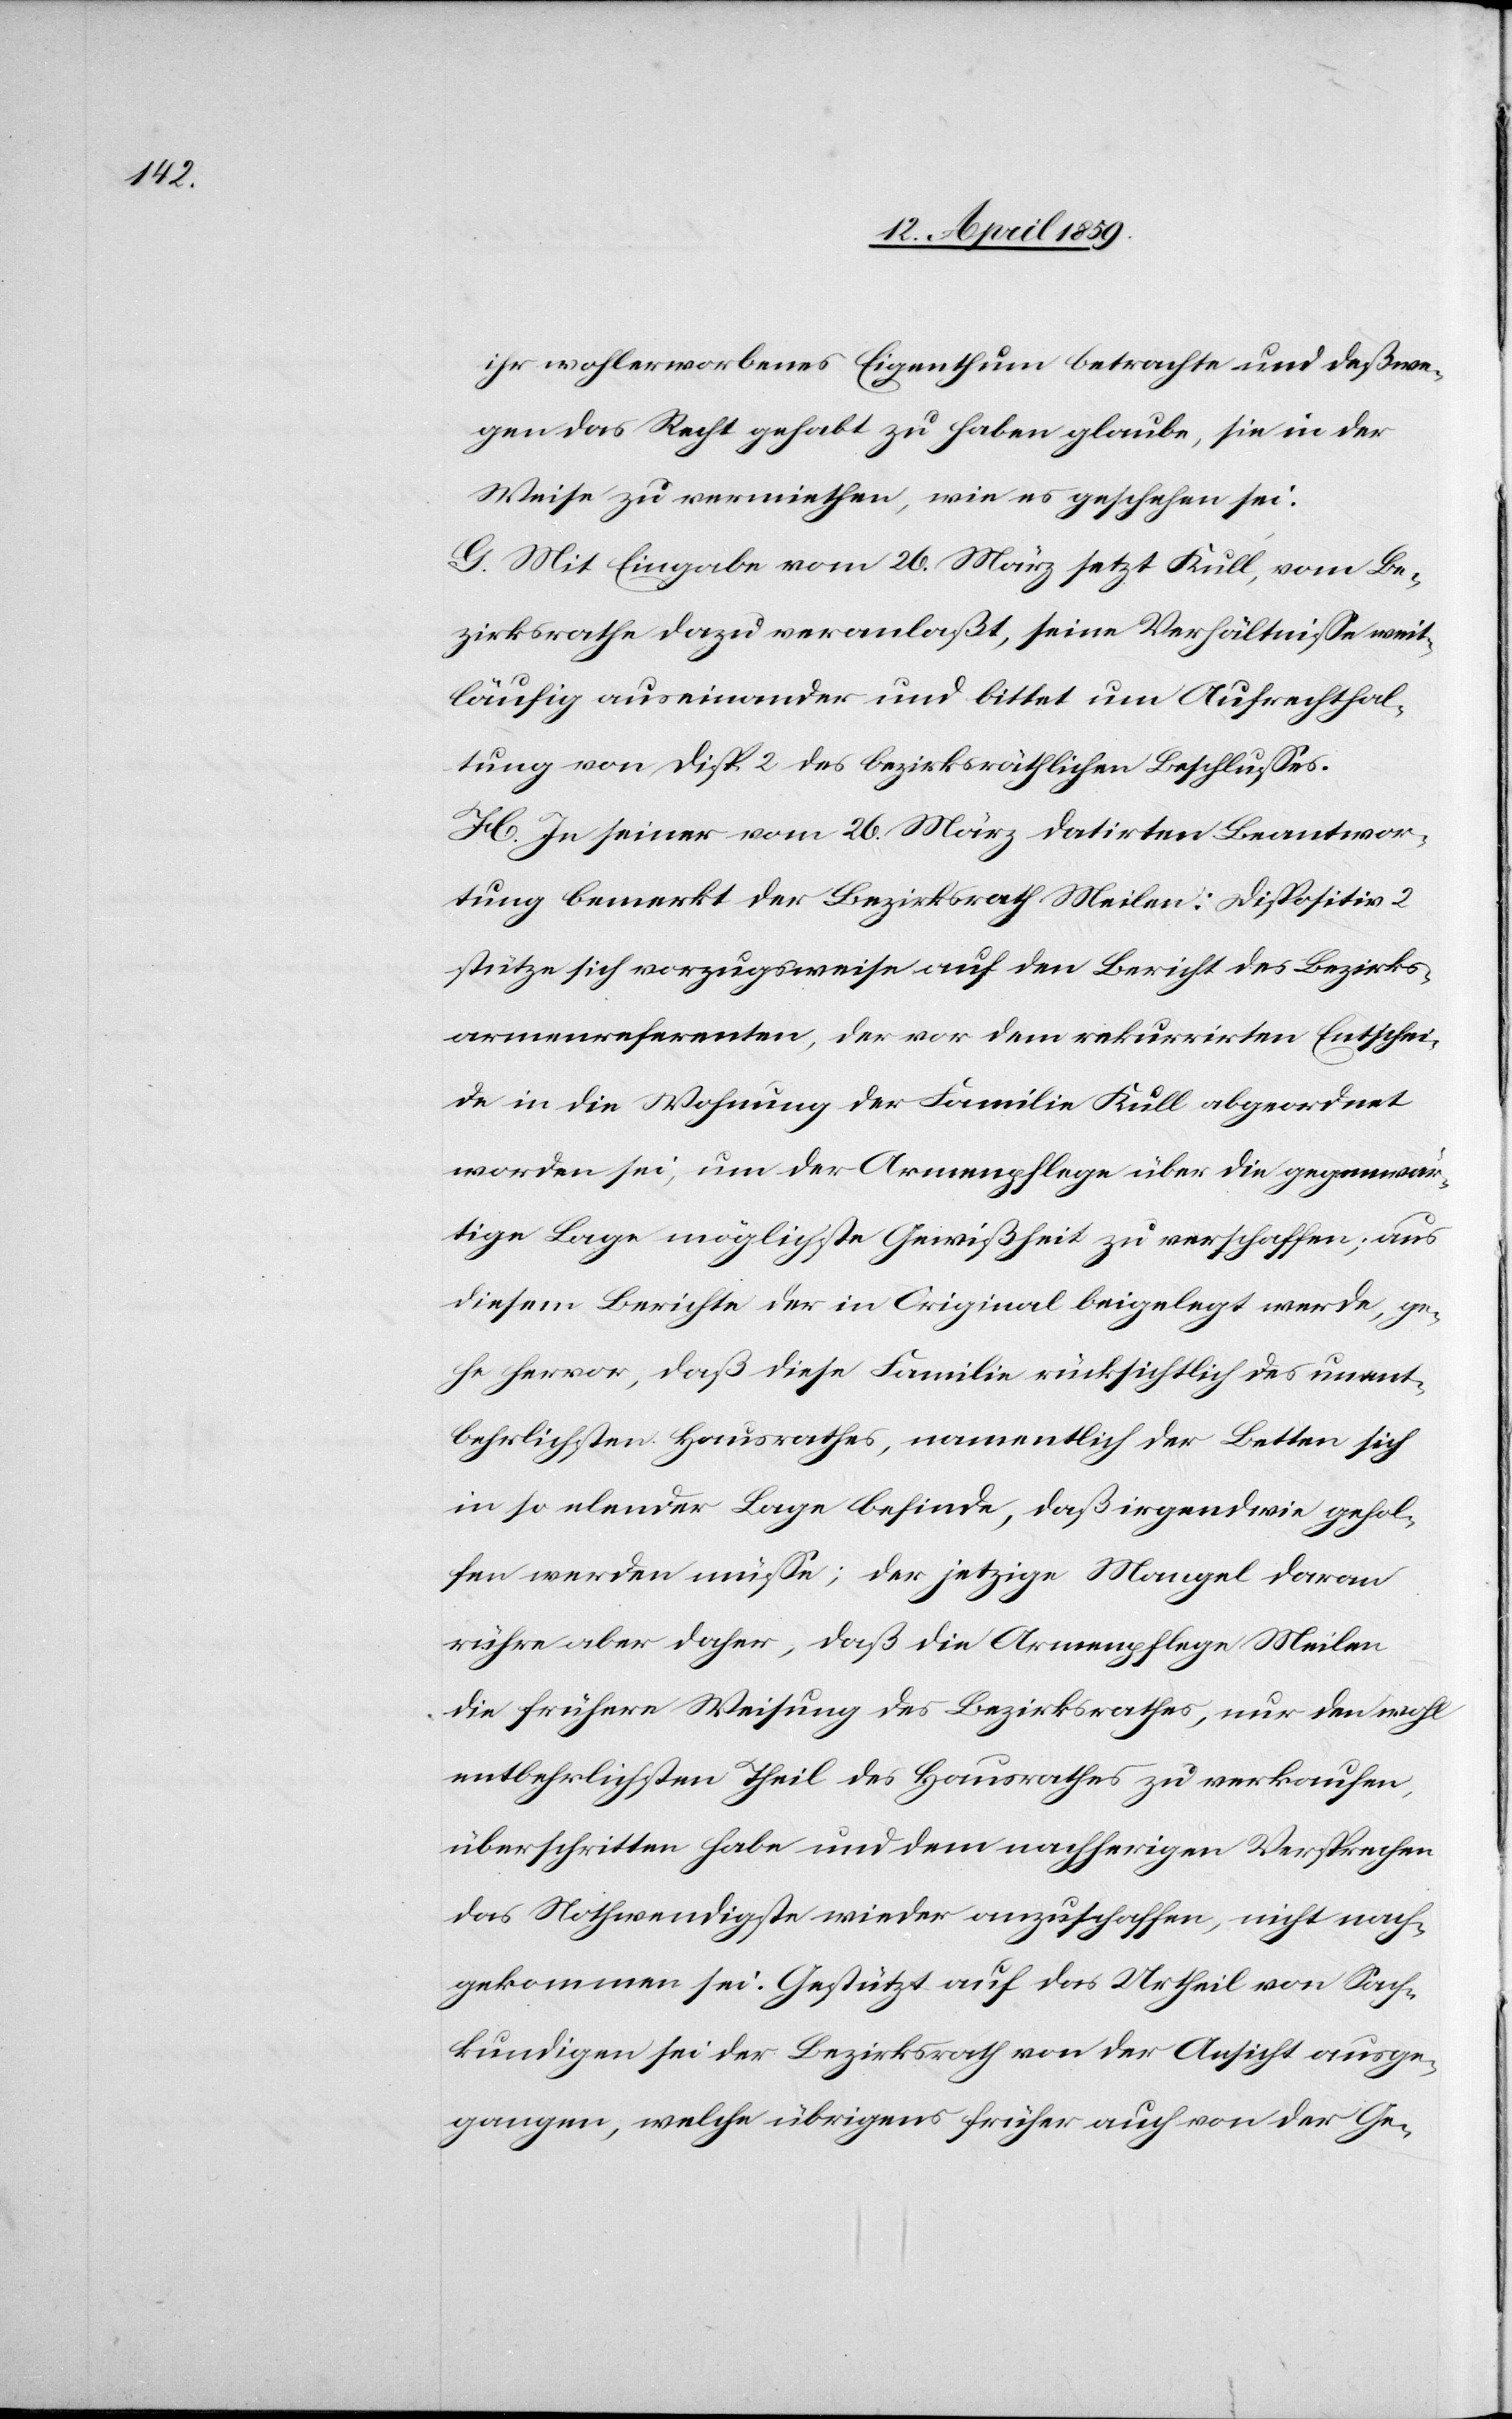
ihr wohlerworbenes Eigenthum betrachte und deßwe¬
gen das Recht gehabt zu haben glaube, sie in der
Weise zu vermiethen, wie es geschehen sei.
G. Mit Eingabe vom 26. März setzt Kull, vom Be¬
zirksrathe dazu veranlaßt, seine Verhältniße weit¬
läufig auseinander und bittet um Aufrechthal¬
tung von Disp. 2 des bezirksräthlichen Beschlußes.
H. In seiner vom 26. März datirten Beantwor¬
tung bemerkt der Bezirksrath Meilen: Dispositiv 2
stütze sich vorzugsweise auf den Bericht des Bezirks¬
armenreferenten, der vor dem rekurrirten Entschei¬
de in die Wohnung der Familie Kull abgeordnet
worden sei, um der Armenpflege über die gegenwär¬
tige Lage möglichste Gewißheit zu verschaffen; aus
diesem Berichte der in Original beigelegt werde, ge¬
he hervor, daß diese Familie rücksichtlich des unent¬
behrlichsten Hausrathes, namentlich der Betten sich
in so elender Lage befinde, daß irgendwie gehol¬
fen werden müße; der jetzige Mangel daran
rühre aber daher, daß die Armenpflege Meilen
die frühere Weisung des Bezirksrathes, nur den wohl
entbehrlichsten Theil des Hausrathes zu verkaufen,
überschritten habe und dem nachherigen Versprechen
das Nothwendigste wieder anzuschaffen, nicht nach¬
gekommen sei. Gestützt auf das Urtheil von Sach¬
kundigen sei der Bezirksrath von der Ansicht ausge¬
gangen, welche übrigens früher auch von der Ge-